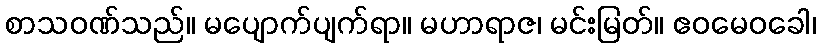
စာသဝဏ်သည်။ မပျောက်ပျက်ရာ။ မဟာရာဇ၊ မင်းမြတ်။ ဧဝမေဝခေါ၊